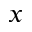
x